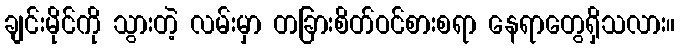
ချင်းမိုင်ကို သွားတဲ့ လမ်းမှာ တခြားစိတ်ဝင်စားစရာ နေရာတွေရှိသလား။